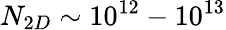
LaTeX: N_{2D}\sim 10^{12}-10^{13}